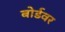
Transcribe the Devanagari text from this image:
बोर्डवर